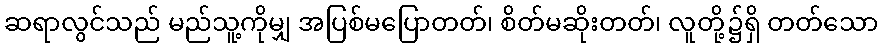
ဆရာလွင်သည် မည်သူ့ကိုမျှ အပြစ်မပြောတတ်၊ စိတ်မဆိုးတတ်၊ လူတို့၌ရှိ တတ်သော